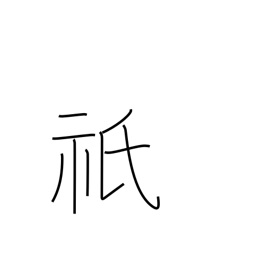
Meaning: great